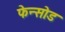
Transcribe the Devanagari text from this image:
फेन्सोड